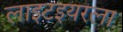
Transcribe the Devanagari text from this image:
लाइटइयरला